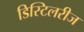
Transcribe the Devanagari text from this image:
डिस्टिलरीज